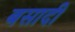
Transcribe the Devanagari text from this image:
बसादी